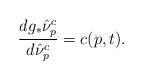
LaTeX: \begin{align*}\frac{dg_*\hat\nu_p^c}{d\hat\nu_p^c}=c(p,t). \end{align*}